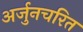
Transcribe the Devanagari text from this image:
अर्जुनचरित